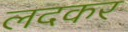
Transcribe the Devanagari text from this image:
लदकर